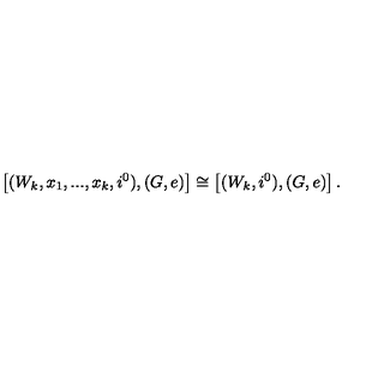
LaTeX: \left[ ( W _ { k } , x _ { 1 } , . . . , x _ { k } , i ^ { 0 } ) , ( G , e ) \right] \cong \left[ ( W _ { k } , i ^ { 0 } ) , ( G , e ) \right] .